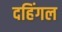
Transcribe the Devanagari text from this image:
दहिंगल